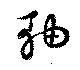
軸